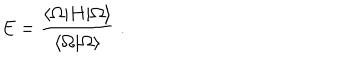
E = \frac { \langle \Omega | H | \Omega \rangle } { \langle \Omega | \Omega \rangle } \; .